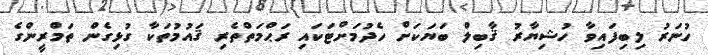
ހުނަރު ލިބިފައިވާ ހުޝިޔާރު ޤާބިލް ބަޔަކަށް ހެދުމަށްޓަކައި ރަޙްމަތްތެރި ޤައުމުތަކާ ގުޅިގެން ތަމްރީންގެ